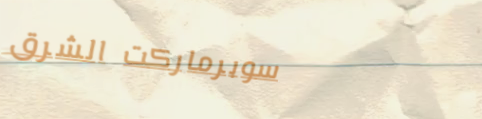
سوبرماركت الشرق